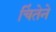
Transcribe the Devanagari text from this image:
चिंतेने